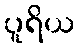
ပူရိယ